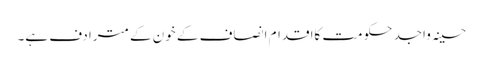
حسینہ واجد حکومت کااقدام انصاف کے خون کے مترادف ہے۔